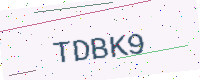
Text: TDBK9